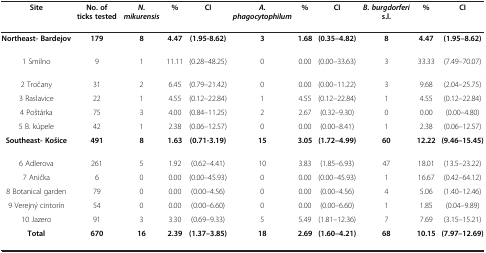
<table><thead><tr><td><b>Site</b></td><td><b>No. of ticks tested</b></td><td><b><i>N. mikurensis</i></b></td><td><b>%</b></td><td><b>CI</b></td><td><b><i>A. phagocytophilum</i></b></td><td><b>%</b></td><td><b>CI</b></td><td><b><i>B. burgdorferi </i>s.l.</b></td><td><b>%</b></td><td><b>CI</b></td></tr></thead><tbody><tr><td><b>Northeast- Bardejov</b></td><td><b>179</b></td><td><b>8</b></td><td><b>4.47</b></td><td><b>(1.95-8.62)</b></td><td><b>3</b></td><td><b>1.68</b></td><td><b>(0.35–4.82)</b></td><td><b>8</b></td><td><b>4.47</b></td><td><b>(1.95–8.62)</b></td></tr><tr><td>1 Smilno</td><td>9</td><td>1</td><td>11.11</td><td>(0.28–48.25)</td><td>0</td><td>0.00</td><td>(0.00–33.63)</td><td>3</td><td>33.33</td><td>(7.49–70.07)</td></tr><tr><td>2 Tročany</td><td>31</td><td>2</td><td>6.45</td><td>(0.79–21.42)</td><td>0</td><td>0.00</td><td>(0.00–11.22)</td><td>3</td><td>9.68</td><td>(2.04–25.75)</td></tr><tr><td>3 Raslavice</td><td>22</td><td>1</td><td>4.55</td><td>(0.12–22.84)</td><td>1</td><td>4.55</td><td>(0.12–22.84)</td><td>1</td><td>4.55</td><td>(0.12–22.84)</td></tr><tr><td>4 Poštárka</td><td>75</td><td>3</td><td>4.00</td><td>(0.84–11.25)</td><td>2</td><td>2.67</td><td>(0.32–9.30)</td><td>0</td><td>0.00</td><td>(0.00–4.80)</td></tr><tr><td>5 B. kúpele</td><td>42</td><td>1</td><td>2.38</td><td>(0.06–12.57)</td><td>0</td><td>0.00</td><td>(0.00–8.41)</td><td>1</td><td>2.38</td><td>(0.06–12.57)</td></tr><tr><td><b>Southeast- Košice</b></td><td><b>491</b></td><td><b>8</b></td><td><b>1.63</b></td><td><b>(0.71-3.19)</b></td><td><b>15</b></td><td><b>3.05</b></td><td><b>(1.72–4.99)</b></td><td><b>60</b></td><td><b>12.22</b></td><td><b>(9.46–15.45)</b></td></tr><tr><td>6 Adlerova</td><td>261</td><td>5</td><td>1.92</td><td>(0.62–4.41)</td><td>10</td><td>3.83</td><td>(1.85–6.93)</td><td>47</td><td>18.01</td><td>(13.5–23.22)</td></tr><tr><td>7 Anička</td><td>6</td><td>0</td><td>0.00</td><td>(0.00–45.93)</td><td>0</td><td>0.00</td><td>(0.00–45.93)</td><td>1</td><td>16.67</td><td>(0.42–64.12)</td></tr><tr><td>8 Botanical garden</td><td>79</td><td>0</td><td>0.00</td><td>(0.00–4.56)</td><td>0</td><td>0.00</td><td>(0.00–4.56)</td><td>4</td><td>5.06</td><td>(1.40–12.46)</td></tr><tr><td>9 Verejný cintorín</td><td>54</td><td>0</td><td>0.00</td><td>(0.00–6.60)</td><td>0</td><td>0.00</td><td>(0.00–6.60)</td><td>1</td><td>1.85</td><td>(0.04–9.89)</td></tr><tr><td>10 Jazero</td><td>91</td><td>3</td><td>3.30</td><td>(0.69–9.33)</td><td>5</td><td>5.49</td><td>(1.81–12.36)</td><td>7</td><td>7.69</td><td>(3.15–15.21)</td></tr><tr><td><b>Total</b></td><td><b>670</b></td><td><b>16</b></td><td><b>2.39</b></td><td><b>(1.37–3.85)</b></td><td><b>18</b></td><td><b>2.69</b></td><td><b>(1.60–4.21)</b></td><td><b>68</b></td><td><b>10.15</b></td><td><b>(7.97–12.69)</b></td></tr></tbody></table>